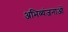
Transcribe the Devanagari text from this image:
अभिव्यंजनाओं